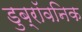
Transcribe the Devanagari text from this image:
डुब्रॉवनिक